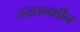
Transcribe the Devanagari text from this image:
तख्तनशीन